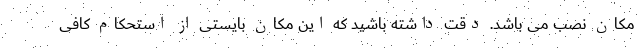
مکان نصب می باشد. دقت داشته باشید که این مکان بایستی از استحکام کافی